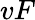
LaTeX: vF